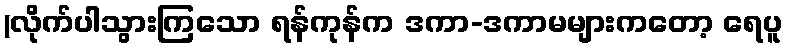
(လိုက်ပါသွားကြသော ရန်ကုန်က ဒကာ-ဒကာမများကတော့ ရေပူ